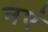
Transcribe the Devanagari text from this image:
नएं